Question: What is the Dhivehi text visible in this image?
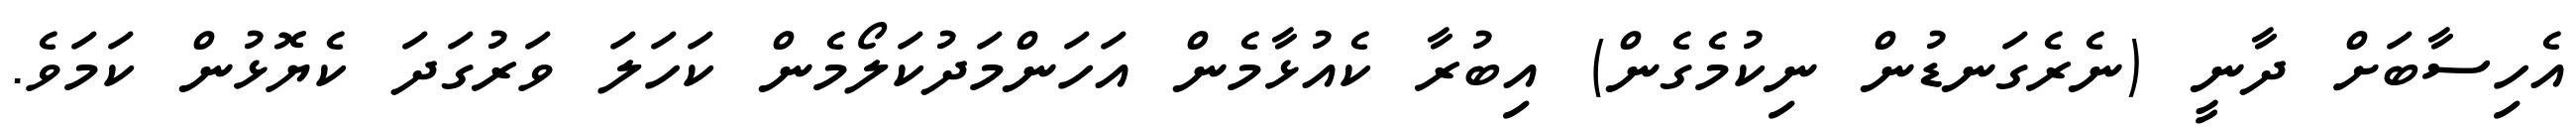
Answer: އެހިސާބަށް ދާނީ (ނެރެގަނޑުން ނިކުމެގެން) އިބުރާ ކެއުޅާމެން އަހަންމަދުކަލޯމެން ކަހަލަ ވަރުގަދަ ކެޔޮޅުން ކަމަވެ.